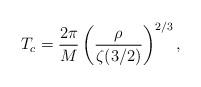
LaTeX: \begin{align*}T_c={2\pi\over M} \left({\rho\over \zeta(3/2)}\right)^{2/3},\end{align*}